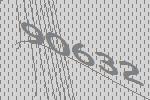
90632